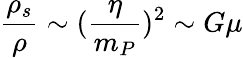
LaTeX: \frac{\rho_{s}}{\rho}\sim(\frac{\eta}{m_{P}})^{2}\sim G\mu